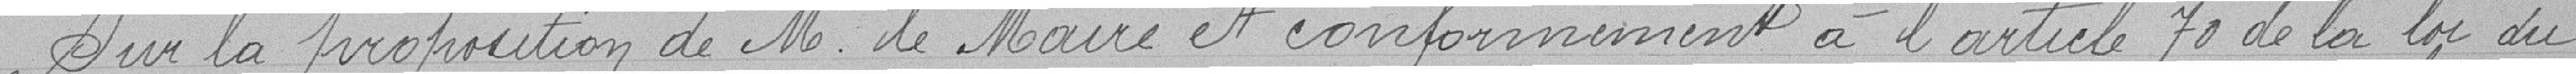
Sur la proposition de M le Maire et conformément à l'article 70 de la loi du